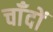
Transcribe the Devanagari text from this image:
चाँदों